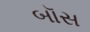
બૉસ